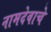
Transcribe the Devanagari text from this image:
नामदेवाचे